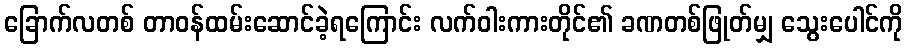
ခြောက်လတစ် တာဝန်ထမ်းဆောင်ခဲ့ရကြောင်း လက်ဝါးကားတိုင်၏ ခဏတစ်ဖြုတ်မျှ သွေးပေါင်ကို